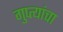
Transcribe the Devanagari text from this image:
गुप्त्यांचा